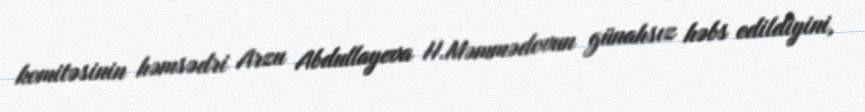
komitəsinin həmsədri Arzu Abdullayeva H.Məmmədovun günahsız həbs edildiyini,